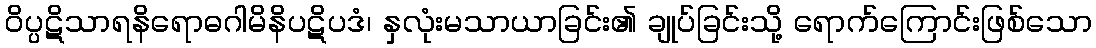
ဝိပ္ပဋိသာရနိရောဓဂါမိနိပဋိပဒံ၊ နှလုံးမသာယာခြင်း၏ ချုပ်ခြင်းသို့ ရောက်ကြောင်းဖြစ်သော